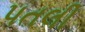
પતલી